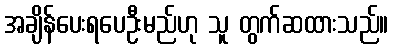
အချိန်ပေးရပေဦးမည်ဟု သူ တွက်ဆထားသည်။